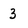
Character: 3